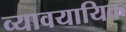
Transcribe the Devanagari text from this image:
व्‍यावयायिक